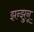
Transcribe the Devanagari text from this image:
झन्झुनू